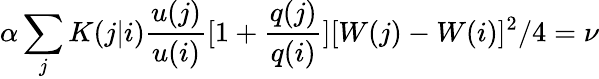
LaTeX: \alpha\sum_{j}K(j|i)\frac{u(j)}{u(i)}[1+\frac{q(j)}{q(i)}][W(j)-W(i)]^{2}/4=\nu